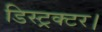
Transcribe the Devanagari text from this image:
डिस्ट्रक्टर।